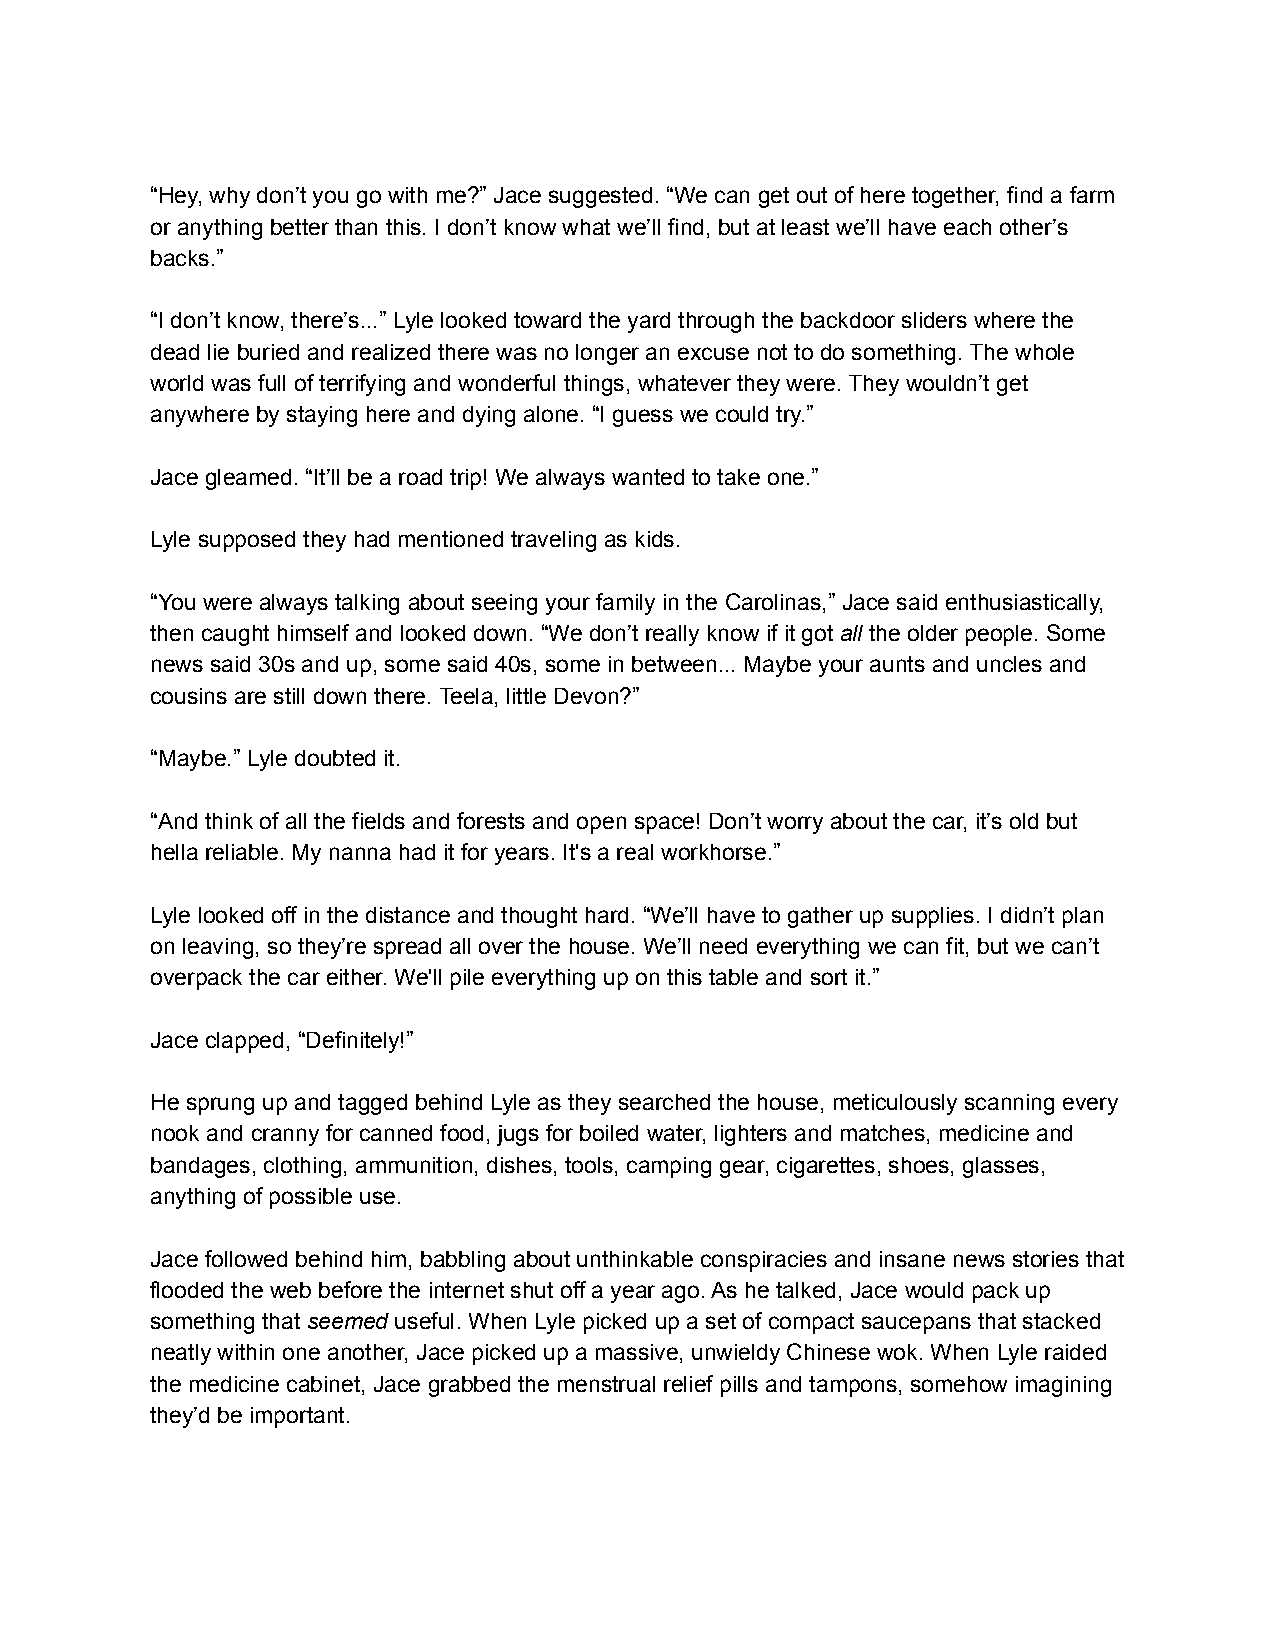
“Hey, why don’t you go with me?” Jace suggested. “We can get out of here together, find a farm
 or anything better than this. I don’t know what we’ll find, but at least we’ll have each other’s
 backs.”
 “I don’t know, there’s...” Lyle looked toward the yard through the backdoor sliders where the
 dead lie buried and realized there was no longer an excuse not to do something. The whole
 world was full of terrifying and wonderful things, whatever they were. They wouldn’t get
 anywhere by staying here and dying alone. “I guess we could try.”
 Jace gleamed. “It’ll be a road trip! We always wanted to take one.”
 Lyle supposed they had mentioned traveling as kids.
 “You were always talking about seeing your family in the Carolinas,” Jace said enthusiastically,
 then caught himself and looked down. “We don’t really know if it got all the older people. Some
 news said 30s and up, some said 40s, some in between... Maybe your aunts and uncles and
 cousins are still down there. Teela, little Devon?”
 “Maybe.” Lyle doubted it.
 “And think of all the fields and forests and open space! Don’t worry about the car, it’s old but
 hella reliable. My nanna had it for years. It's a real workhorse.”
 Lyle looked off in the distance and thought hard. “We’ll have to gather up supplies. I didn’t plan
 on leaving, so they’re spread all over the house. We’ll need everything we can fit, but we can’t
 overpack the car either. We'll pile everything up on this table and sort it.”
 Jace clapped, “Definitely!”
 He sprung up and tagged behind Lyle as they searched the house, meticulously scanning every
 nook and cranny for canned food, jugs for boiled water, lighters and matches, medicine and
 bandages, clothing, ammunition, dishes, tools, camping gear, cigarettes, shoes, glasses,
 anything of possible use.
 Jace followed behind him, babbling about unthinkable conspiracies and insane news stories that
 flooded the web before the internet shut off a year ago. As he talked, Jace would pack up
 something that seemed useful. When Lyle picked up a set of compact saucepans that stacked
 neatly within one another, Jace picked up a massive, unwieldy Chinese wok. When Lyle raided
 the medicine cabinet, Jace grabbed the menstrual relief pills and tampons, somehow imagining
 they’d be important.